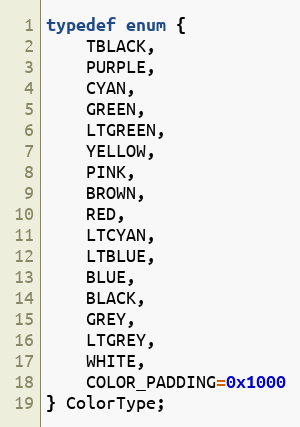
Language: C
typedef enum {
	TBLACK,
	PURPLE,
	CYAN,
	GREEN,
	LTGREEN,
	YELLOW,
	PINK,
	BROWN,
	RED,
	LTCYAN,
	LTBLUE,
	BLUE,
	BLACK,
	GREY,
	LTGREY,
	WHITE,
	COLOR_PADDING=0x1000
} ColorType;